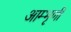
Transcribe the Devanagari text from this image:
आम्भृणी